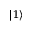
| 1 \rangle